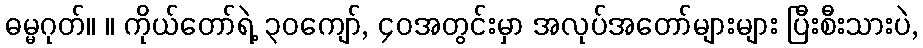
ဓမ္မဂုတ်။ ။ ကိုယ်တော်ရဲ့ ၃၀ကျော်, ၄၀အတွင်းမှာ အလုပ်အတော်များများ ပြီးစီးသားပဲ,